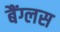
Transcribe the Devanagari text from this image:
बैंग्लस